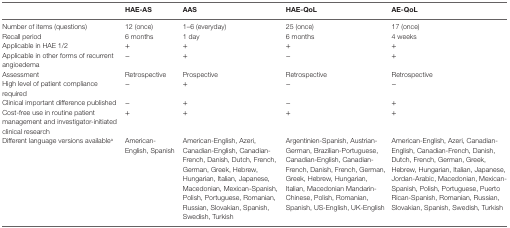
<table><thead><tr><td></td><td><b>HAE-AS</b></td><td><b>AAS</b></td><td><b>HAE-QoL</b></td><td><b>AE-QoL</b></td></tr></thead><tbody><tr><td>Number of items (questions)</td><td>12 (once)</td><td>1–6 (everyday)</td><td>25 (once)</td><td>17 (once)</td></tr><tr><td>Recall period</td><td>6 months</td><td>1 day</td><td>6 months</td><td>4 weeks</td></tr><tr><td>Applicable in HAE 1/2</td><td>+</td><td>+</td><td>+</td><td>+</td></tr><tr><td>Applicable in other forms of recurrent angioedema</td><td>−</td><td>+</td><td>−</td><td>+</td></tr><tr><td>Assessment</td><td>Retrospective</td><td>Prospective</td><td>Retrospective</td><td>Retrospective</td></tr><tr><td>High level of patient compliance required</td><td>−</td><td>+</td><td>−</td><td>−</td></tr><tr><td>Clinical important difference published</td><td>−</td><td>+</td><td>−</td><td>+</td></tr><tr><td>Cost-free use in routine patient management and investigator-initiated clinical research</td><td>+</td><td>+</td><td>+</td><td>+</td></tr><tr><td>Different language versions available<sup>a</sup></td><td>American-English, Spanish</td><td>American-English, Azeri, Canadian-English, Canadian-French, Danish, Dutch, French, German, Greek, Hebrew, Hungarian, Italian, Japanese, Macedonian, Mexican-Spanish, Polish, Portuguese, Romanian, Russian, Slovakian, Spanish, Swedish, Turkish</td><td>Argentinien-Spanish, Austrian-German, Brazilian-Portuguese, Canadian-English, Canadian-French, Danish, French, German, Greek, Hebrew, Hungarian, Italian, Macedonian Mandarin-Chinese, Polish, Romanian, Spanish, US-English, UK-English</td><td>American-English, Azeri, Canadian-English, Canadian-French, Danish, Dutch, French, German, Greek, Hebrew, Hungarian, Italian, Japanese, Jordan-Arabic, Macedonian, Mexican-Spanish, Polish, Portuguese, Puerto Rican-Spanish, Romanian, Russian, Slovakian, Spanish, Swedish, Turkish</td></tr></tbody></table>